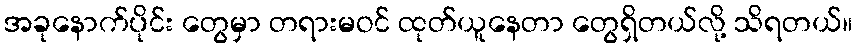
အခုနောက်ပိုင်း တွေမှာ တရားမဝင် ထုတ်ယူနေတာ တွေရှိတယ်လို့ သိရတယ်။